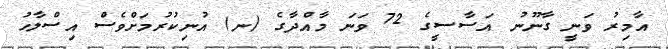
އާމިރު ވަނީ ގާނޫނު އަސާސީގެ 72 ވަނަ މާއްދާގެ (ނ) އުނިކުރުމަށްވެސް އިސްލާހު